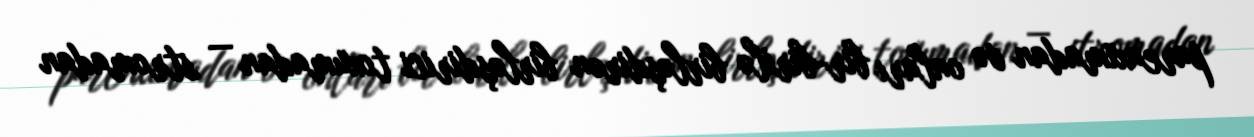
parenximadan və onları bir-birilə birləşdirən birləşdirici toxumadan — stromadan